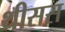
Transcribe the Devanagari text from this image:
थीसस